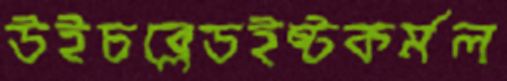
উইচব্লেডইষ্টকর্মল